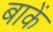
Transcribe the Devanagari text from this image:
बाकें